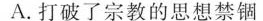
A.打破了宗教的思想禁锢